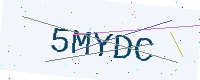
Text: 5MYDC